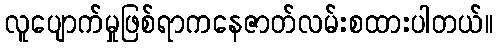
လူပျောက်မှုဖြစ်ရာကနေဇာတ်လမ်းစထားပါတယ်။